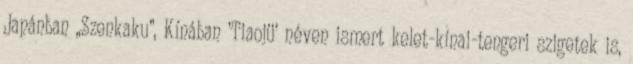
Japánban „Szenkaku”, Kínában ’Tiaojü’ néven ismert kelet-kínai-tengeri szigetek is,